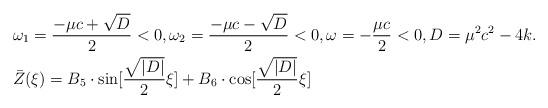
LaTeX: \begin{align*}&\omega_{1}=\dfrac{-\mu c+\sqrt{D}}{2}<0, \omega_{2}=\dfrac{-\mu c-\sqrt{D}}{2}<0, \omega=-\dfrac{\mu c}{2}<0, D=\mu^{2}c^{2}-4k. \\&\bar{Z}(\xi) = B_{5}\cdot \sin [\frac{\sqrt{|D|}}{2}\xi]+ B_{6}\cdot \cos[ \frac{\sqrt{|D|}}{2}\xi] \end{align*}